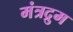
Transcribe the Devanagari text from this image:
मंत्रद्रुम